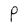
Character: P